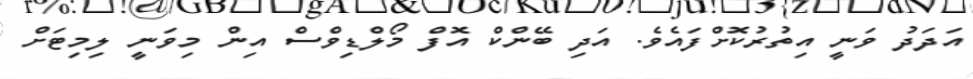
އަދަދު ވަނީ އިތުރުކޮށްފައެެވެ. އަދި ބޭންކް އޮފް މޯލްޑިވްސް އިން މިވަނީ ލިމިޓަށް